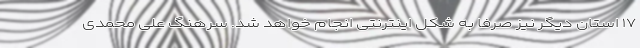
۱۷ استان دیگر نیز صرفا به شکل اینترنتی انجام خواهد شد. سرهنگ علی محمدی